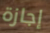
إجازة